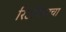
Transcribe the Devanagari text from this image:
रिउनियाचा